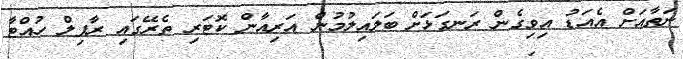
ނަތާއަށް އެއަޑު އިވިގެން ރަނގަޅަށް ބަލައިލުމުން އަރިއާން ކޮޓަރި ތެރޭގައި ރާފިލް ހުއްޓާ